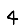
Digit: 4